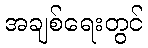
အချစ်ရေးတွင်